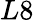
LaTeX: L8